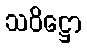
သဝိဋ္ဌော